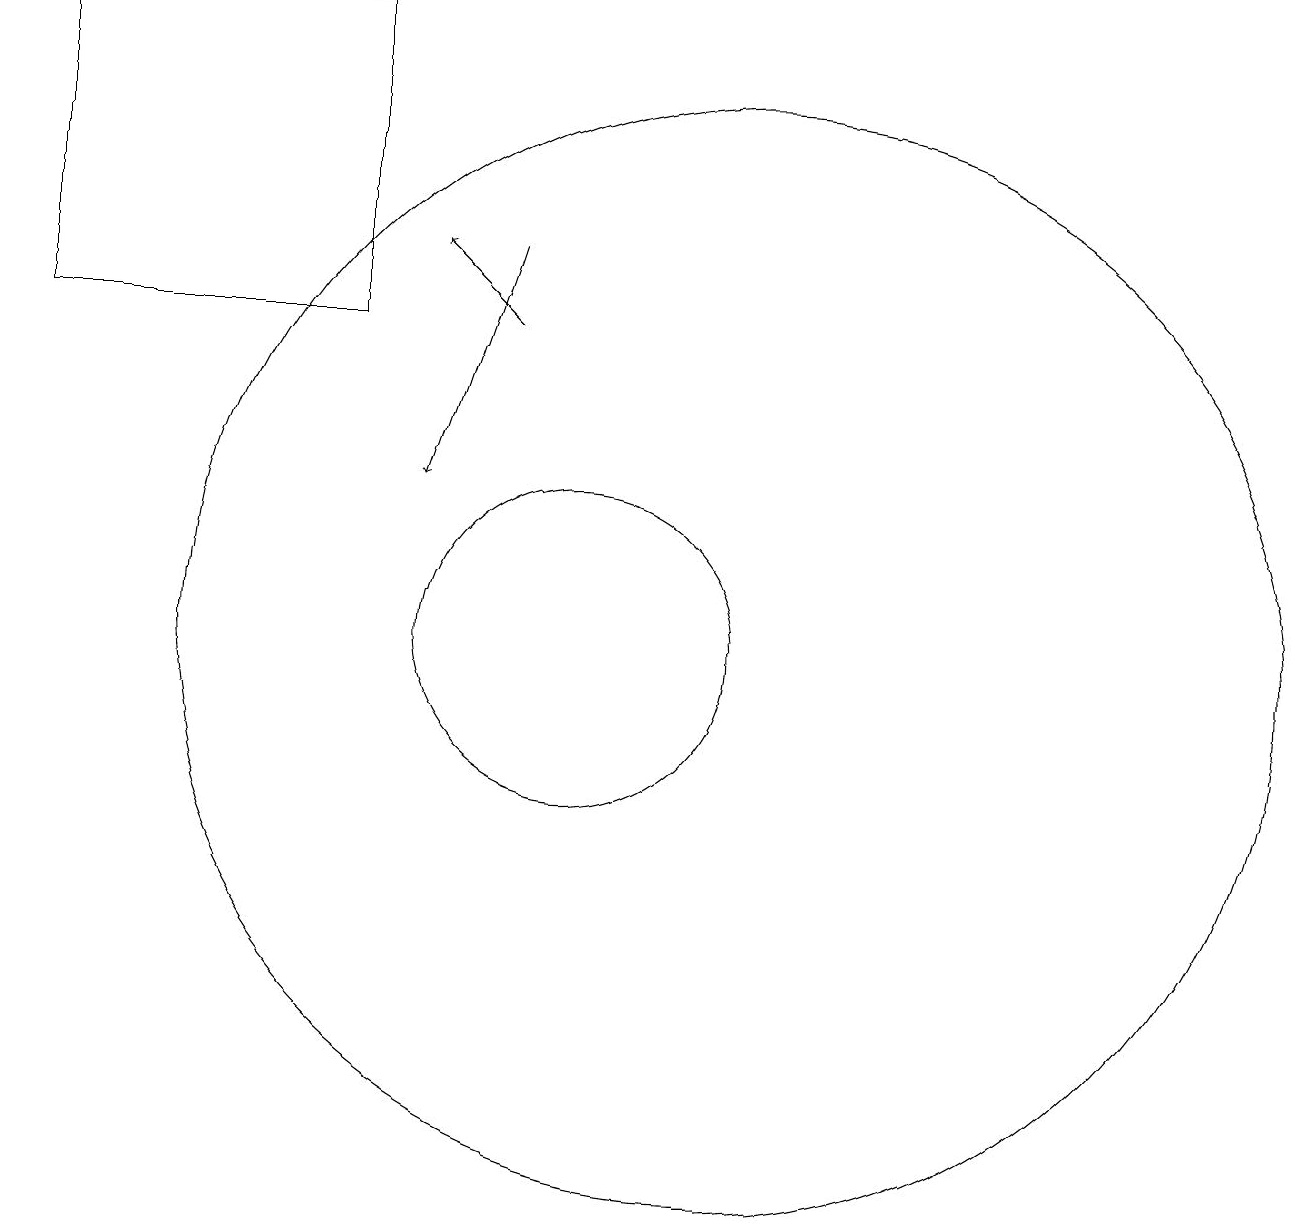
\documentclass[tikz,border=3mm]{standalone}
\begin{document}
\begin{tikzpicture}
\draw[->] (9,14) -- (8,15);
\draw (12,10) circle (7);
\draw (10,10) circle (2);
\draw (3,14) rectangle (7,18);
\draw[->] (9,15) -- (8,12);
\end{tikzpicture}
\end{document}